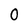
Character: 0